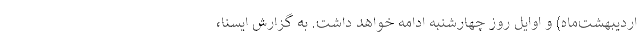
اردیبهشت‌ماه) و اوایل روز چهارشنبه ادامه خواهد داشت. به گزارش ایسنا،